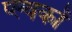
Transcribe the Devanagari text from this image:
प्ल्वकों